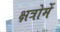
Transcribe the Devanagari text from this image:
क्षत्रोमें